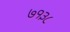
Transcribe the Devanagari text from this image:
७१३८